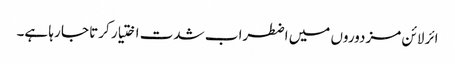
ائر لائن مزدوروں میں اضطراب شدت اختیار کرتا جا رہا ہے۔